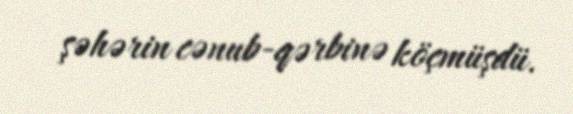
şəhərin cənub-qərbinə köçmüşdü.